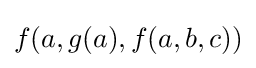
f(a,g(a),f(a,b,c))